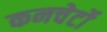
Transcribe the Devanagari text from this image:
कनचेर्टो